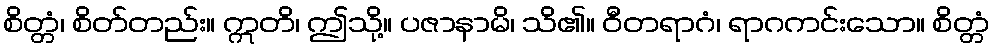
စိတ္တံ၊ စိတ်တည်း။ ဣတိ၊ ဤသို့။ ပဇာနာမိ၊ သိ၏။ ဝီတရာဂံ၊ ရာဂကင်းသော။ စိတ္တံ